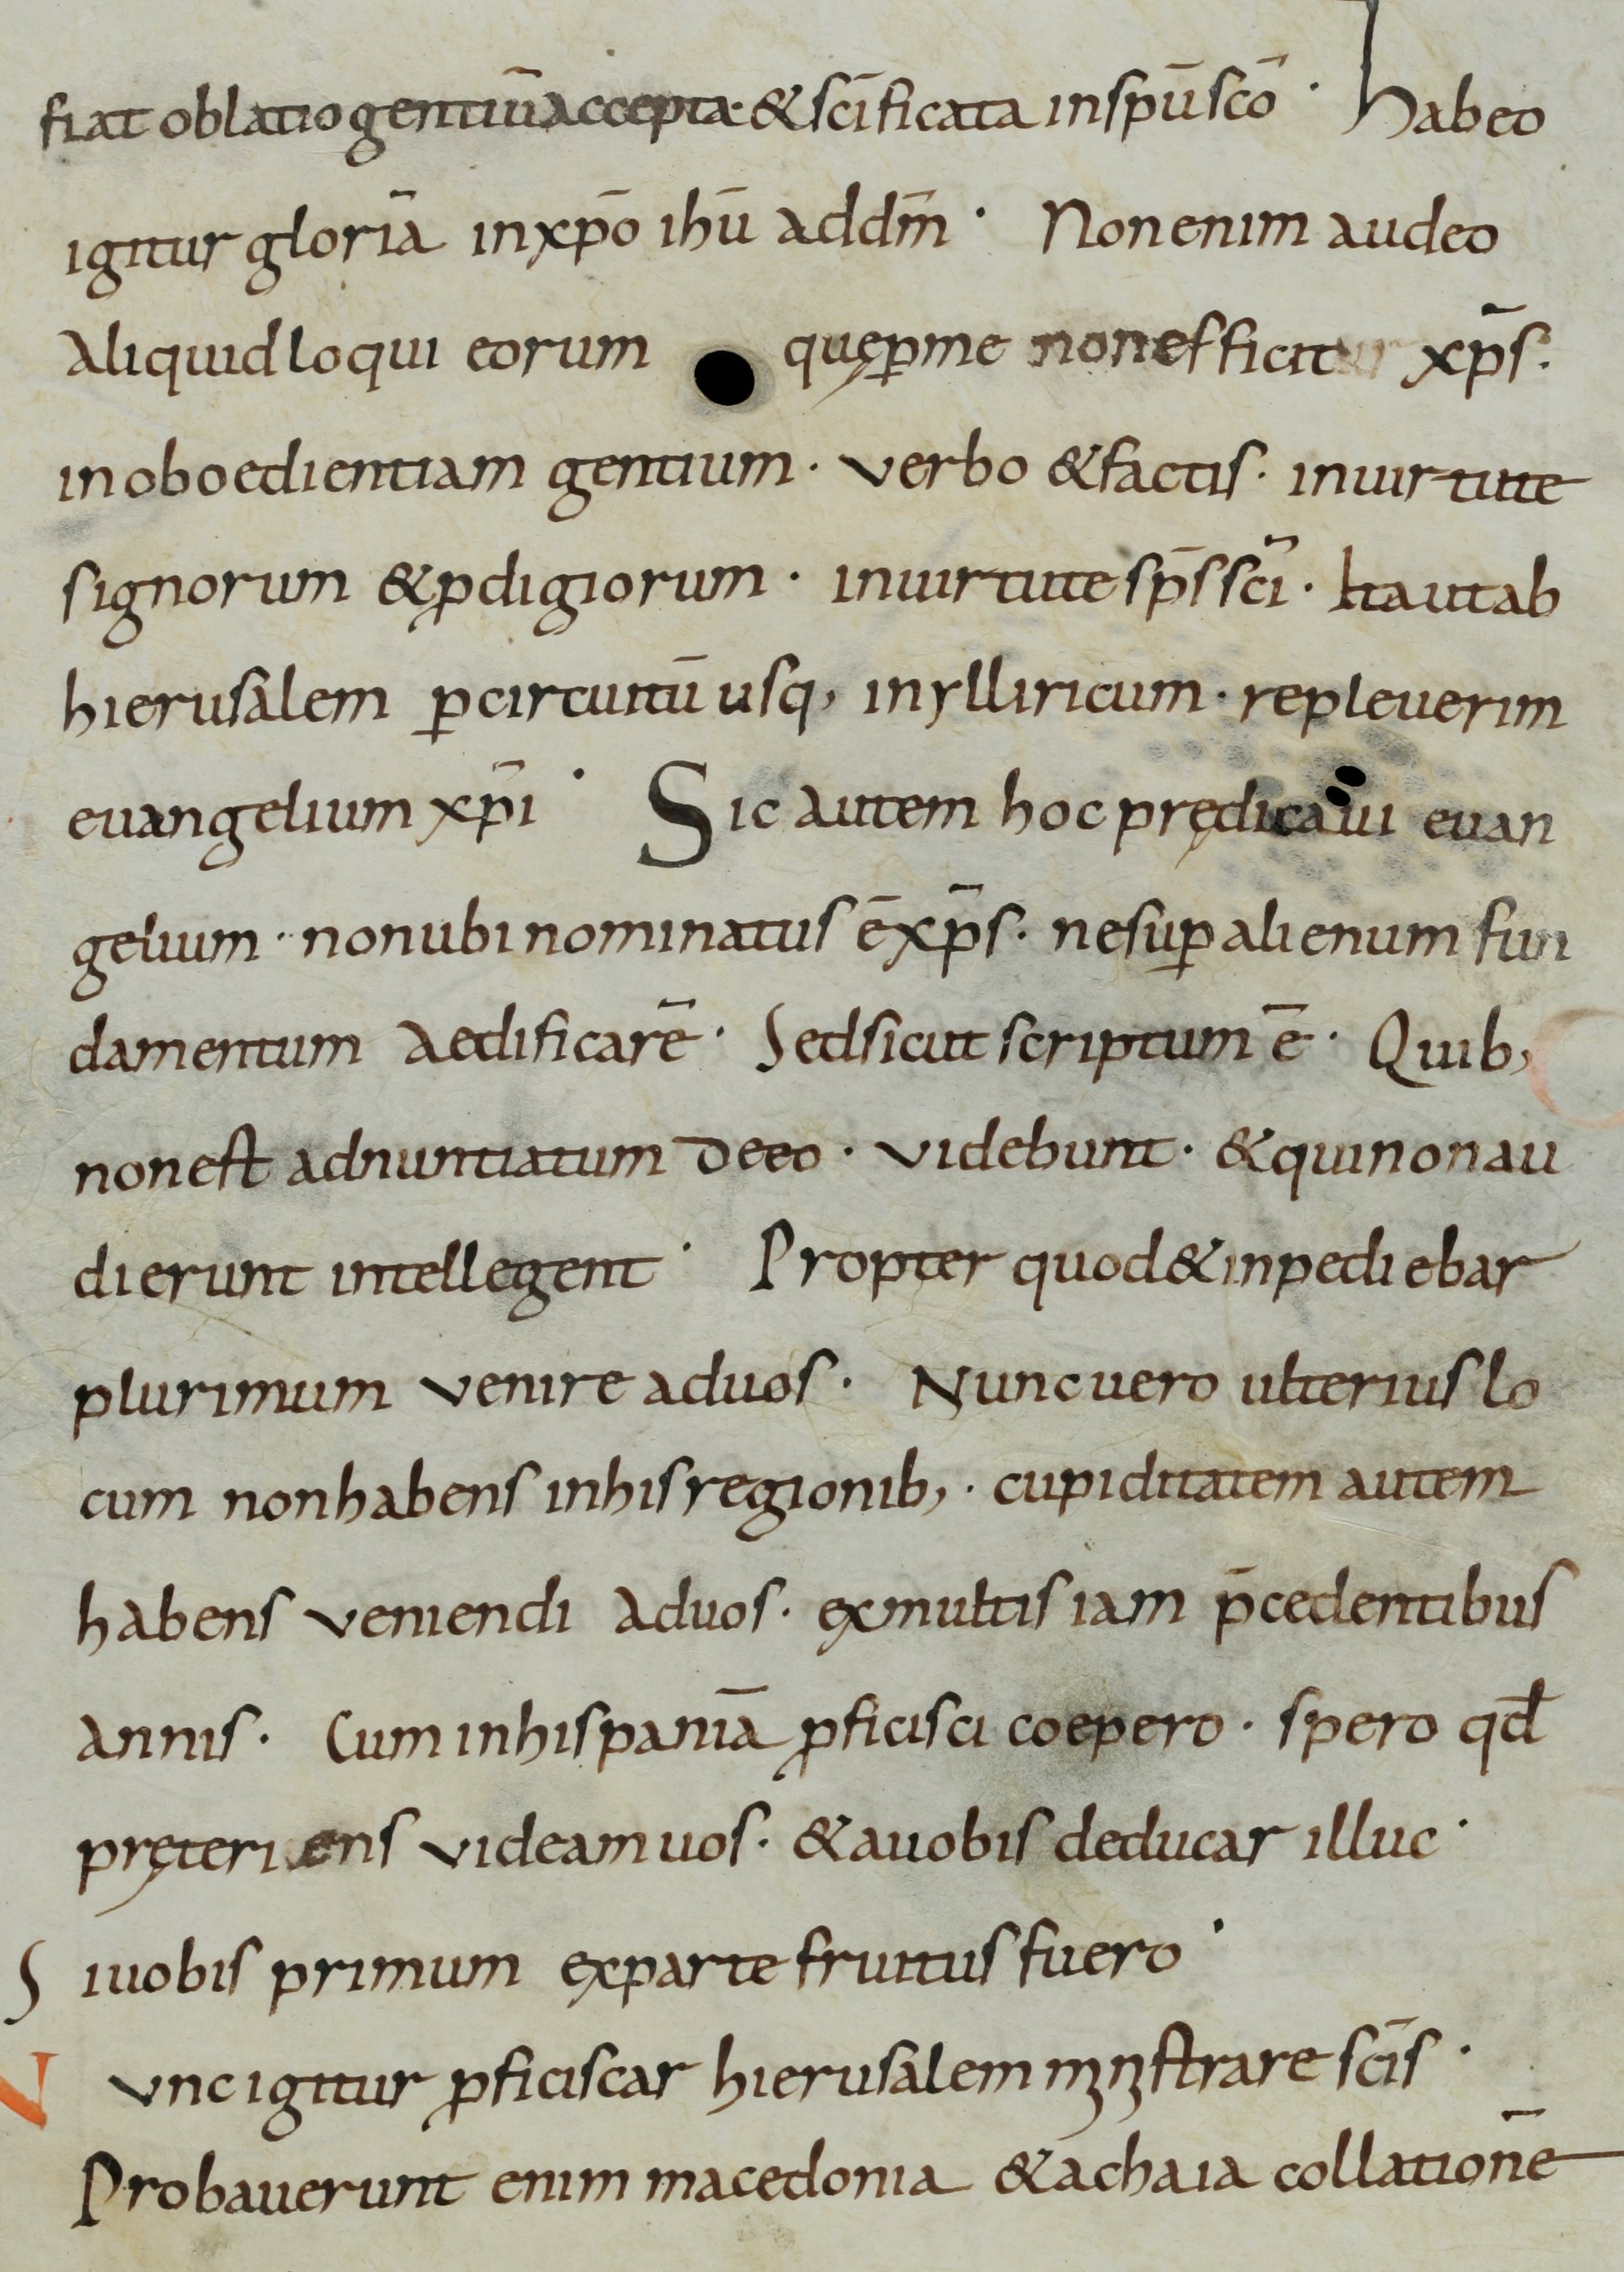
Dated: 800–899